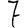
Digit: 7